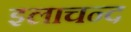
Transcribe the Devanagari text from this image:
इलाचन्द